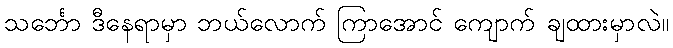
သင်္ဘော ဒီနေရာမှာ ဘယ်လောက် ကြာအောင် ကျောက် ချထားမှာလဲ။